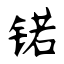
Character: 锘